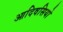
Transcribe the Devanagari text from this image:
आदिवसियो